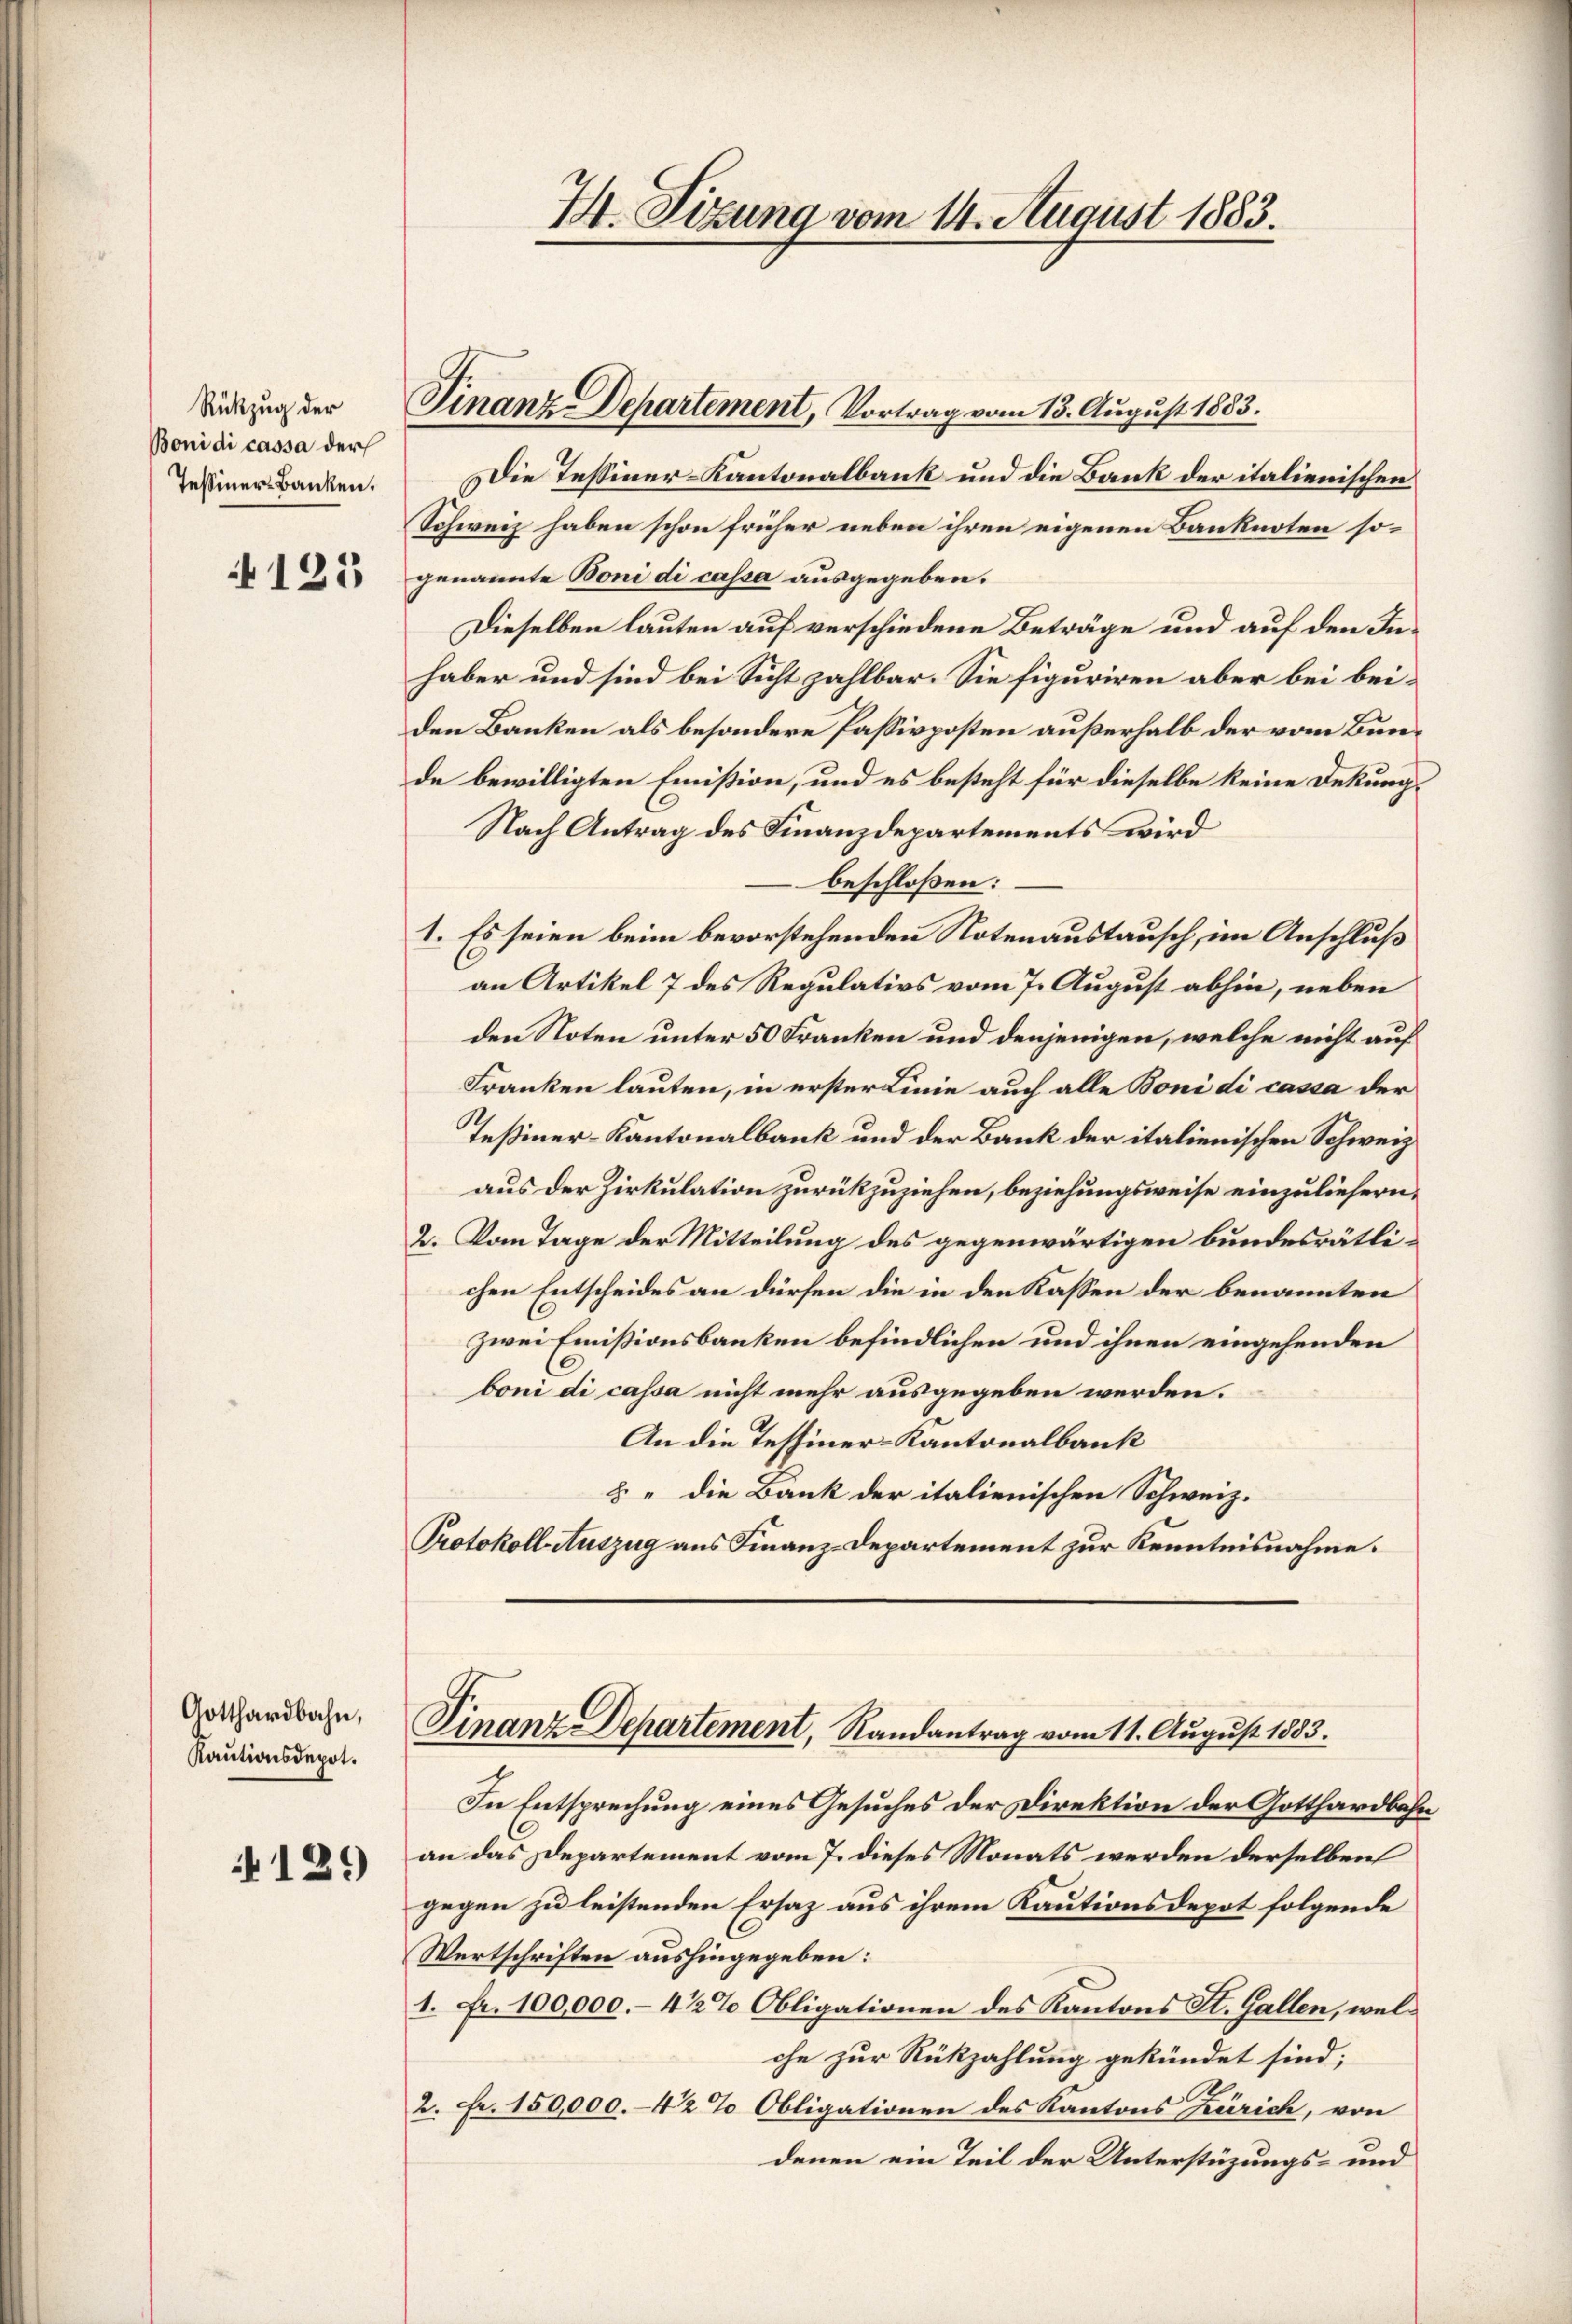
Rükzug der
Boni di cassa der
Tessiner Banken.

125

Gotthardbahn,
Kautionsdepot.

121)

7. Sizung vom 14. August 1883.

Finanz-Departement, Vortrag vom 13. August 1883.

C

Die Tessiner-Kantonalbank und die Bank der italienischen
Schweiz haben schon früher neben ihren eigenen Banknoten sogenannte Boni di cassa ausgegeben.
Dieselben lauten auf verschiedene Beträge und auf den Inhaber und sind bei Sicht zahlbar. Sie figuriren aber bei beiden Banken als besondere Passivposten außerhalb der vom Bunde bewilligten Emission, und es besteht für dieselbe keine Dekurg¬
Nach Antrag des Finanzdepartements wird
beschloßen:
1. Es seien beim bevorstehenden Notenaustausch, im Anschluß
an Artikel 7 des Regulativs vom 7. August abhin, neben
den Noten unter 50 Franken und denjenigen, welche nicht auf
Franken lauten, in erster Linie auch alle Boni di cassa der
Teßiner-Kantonalbank und der Bank der italienischen Schweiz
aus der Zirkulation zurückzuziehen, beziehungsweise einzuliefern,
2. Vom Tage der Mitteilung des gegenwärtigen bundesrätlichen Entscheides an dürfen die in den Kassen der benannten
zwei Emissionsbanken befindlichen und ihnen eingehenden
boni di cassa nicht mehr ausgegeben werden.
An die Tessiner-Kantonalbank
 " die Bank der italienischen Schweiz.
Protokoll Auszug aus Finanz-Departement zur Kenntnisnahme:

Finanz-Departement, Randantrag vom 11. August 1883.

In Entsprechung eines Gesuches der Direktion der Gotthardbahn
an das Departement vom 7. dieses Monats werden derselben
gegen zu leistenden Ersaz aus ihrem Kautionsdepot folgende
C
Wertschriften aushingegeben:
1. Fr. 100,000.- 4 1/2% Obligationen des Kantons St. Gallen, welche zur Rückzahlung gekündet sind;
2. Fr. 150,000.-42 % Obligationen des Kantons Zürich, von
denen ein Teil der Unterstüzungs- und